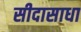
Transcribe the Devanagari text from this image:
सीदासाधा